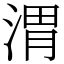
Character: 渭